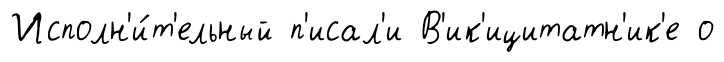
Исполн'и́т'ельный п'исал'и В'ик'ицитатн'ик'е о